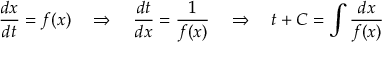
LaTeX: { \frac { d x } { d t } } = f ( x ) \quad \Rightarrow \quad { \frac { d t } { d x } } = { \frac { 1 } { f ( x ) } } \quad \Rightarrow \quad t + C = \int { \frac { d x } { f ( x ) } }